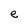
Character: e